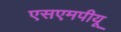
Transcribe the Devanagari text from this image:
एसएमपीयू